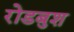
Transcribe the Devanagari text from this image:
रोडबुश